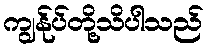
ကျွန်ုပ်တို့သိပါသည်